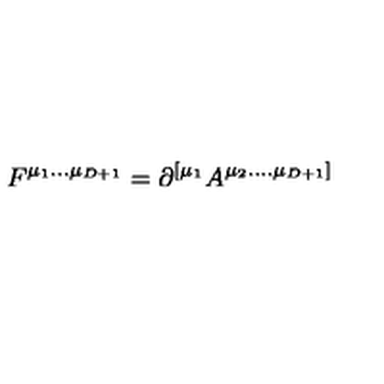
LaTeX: F ^ { \mu _ { 1 } . . . \mu _ { D + 1 } } = \partial ^ { [ \mu _ { 1 } } A ^ { \mu _ { 2 } . . . . \mu _ { D + 1 } ] }